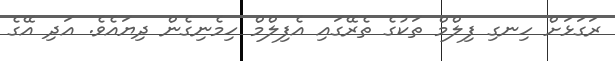
ރަގަޅަށް ހިނގި ފިލްމް ތަކުގެ ތެރޭގައި އެފިލްމް ހިމެނިގެން ދިޔައެވެ. އަދި އޭގެ